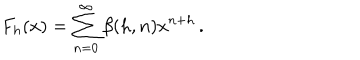
F _ { h } ( x ) = \sum _ { n = 0 } ^ { \infty } \beta ( h , n ) x ^ { n + h } \, .